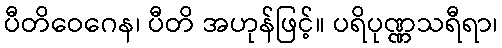
ပီတိဝေဂေန၊ ပီတိ အဟုန်ဖြင့်။ ပရိပုဏ္ဏသရီရာ၊